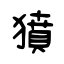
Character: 獖